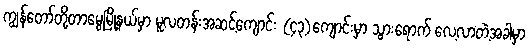
ကျွန်တော်တို့တာမွေမြို့နယ်မှာ မူလတန်းအဆင့်ကျောင်း (၄၃)ကျောင်းမှာ သွားရောက် လေ့လာတဲ့အခါမှာ